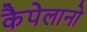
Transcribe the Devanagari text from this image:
कैपेलानो